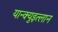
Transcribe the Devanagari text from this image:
यान्क्युइत्लान